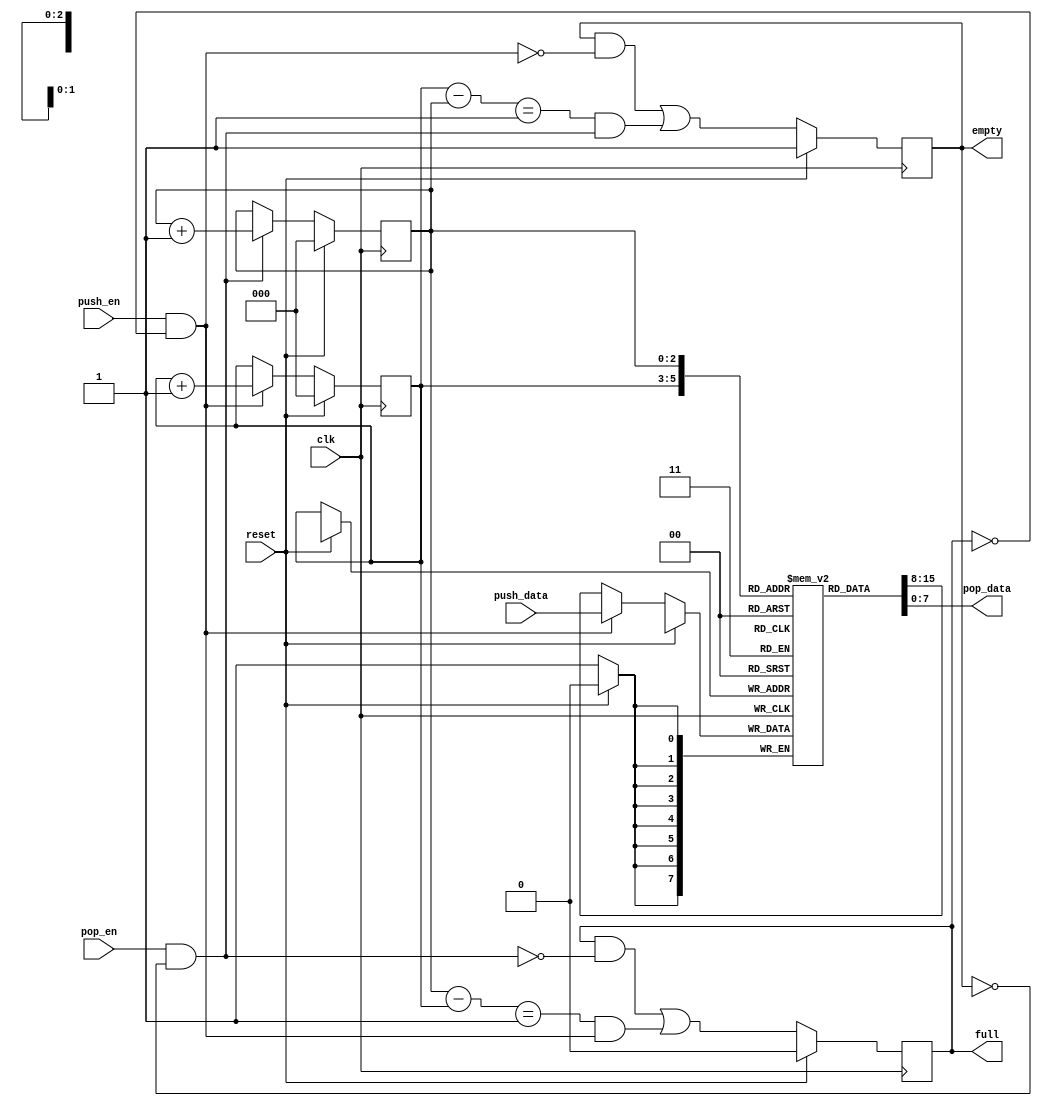
`timescale 1ns / 1ps


module fifo
#(
  parameter DATA_BITS = 8,
  parameter ADDR_BITS = 3
)
(
  input  wire clk,      // 50MHz clock signal
  input  wire reset,    
  input  wire pop_en,    // Pop enable
  input  wire push_en,    // Push enable 
  input  wire [DATA_BITS-1:0] push_data,  // Data to be pushitten on push_en
  output wire [DATA_BITS-1:0] pop_data,  // start of FIFO
  output wire full,     // FIFO is full signal
  output wire empty     // FIFO is empty signal
);

reg  [ADDR_BITS-1:0] q_pop_ptr;
wire [ADDR_BITS-1:0] d_pop_ptr;
reg  [ADDR_BITS-1:0] q_push_ptr;
wire [ADDR_BITS-1:0] d_push_ptr;
reg  q_empty;
wire d_empty;
reg  q_full;
wire d_full;

reg  [DATA_BITS-1:0] q_data_array [2**ADDR_BITS-1:0];
wire [DATA_BITS-1:0] d_data;

wire pop_en_prot;
wire push_en_prot;

// FF update logic.  Synchronous reset.
always @(posedge clk)
  begin
    if (reset)
      begin
        q_pop_ptr <= 0;
        q_push_ptr <= 0;
        q_empty <= 1'b1;
        q_full <= 1'b0;
      end
    else
      begin
        q_pop_ptr <= d_pop_ptr;
        q_push_ptr <= d_push_ptr;
        q_empty <= d_empty;
        q_full <= d_full;
        q_data_array[q_push_ptr] <= d_data;
      end
  end

// protected push/pop signals.
assign pop_en_prot = (pop_en && !q_empty);
assign push_en_prot = (push_en && !q_full);

// push
assign d_push_ptr = (push_en_prot)  ? q_push_ptr + 1'h1 : q_push_ptr;
assign d_data   = (push_en_prot)  ? push_data         : q_data_array[q_push_ptr];

// pop
assign d_pop_ptr = (pop_en_prot)  ? q_pop_ptr + 1'h1 : q_pop_ptr;

wire [ADDR_BITS-1:0] addr_bits_wide_1;
assign addr_bits_wide_1 = 1;

// Detect empty fifo

assign d_empty = ((q_empty && !push_en_prot)||(((q_push_ptr - q_pop_ptr) == addr_bits_wide_1) && pop_en_prot));

// Detect full fifo
assign d_full  = ((q_full && !pop_en_prot)||(((q_pop_ptr - q_push_ptr) == addr_bits_wide_1) && push_en_prot));


// Assign outputs to FFs.
assign pop_data = q_data_array[q_pop_ptr];
assign full    = q_full;
assign empty   = q_empty;

endmodule